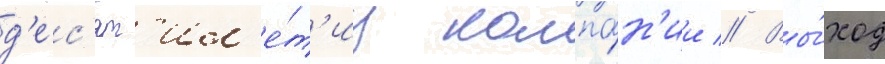
д'ес'ят'ил'е́т'иу компа́н'ии // Вы́ход